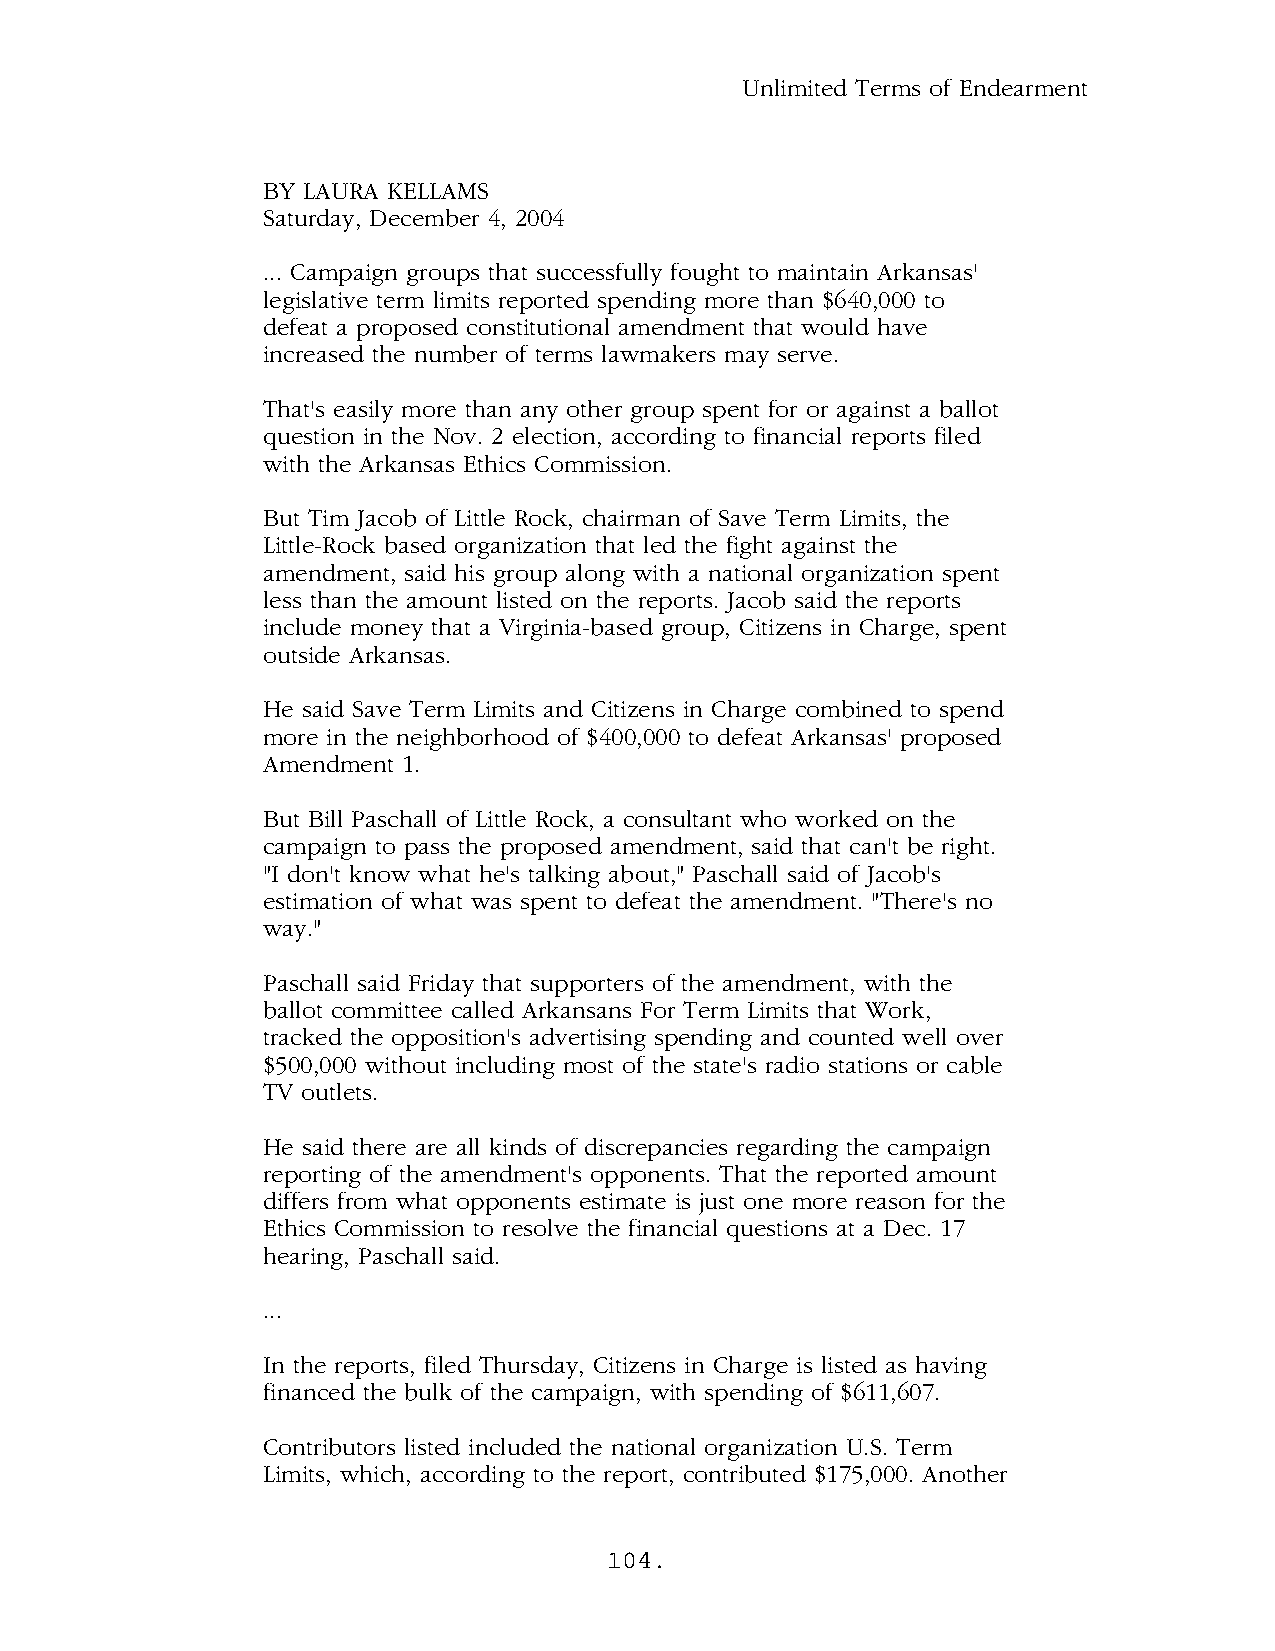
Unlimited Terms of Endearment
 BY LAURA KELLAMS
 Saturday, December 4, 2004
 ... Campaign groups that successfully fought to maintain Arkansas'
 legislative term limits reported spending more than $640,000 to
 defeat a proposed constitutional amendment that would have
 increased the number of terms lawmakers may serve.
 That's easily more than any other group spent for or against a ballot
 question in the Nov. 2 election, according to financial reports filed
 with the Arkansas Ethics Commission.
 But Tim Jacob of Little Rock, chairman of Save Term Limits, the
 Little-Rock based organization that led the fight against the
 amendment, said his group along with a national organization spent
 less than the amount listed on the reports. Jacob said the reports
 include money that a Virginia-based group, Citizens in Charge, spent
 outside Arkansas.
 He said Save Term Limits and Citizens in Charge combined to spend
 more in the neighborhood of $400,000 to defeat Arkansas' proposed
 Amendment 1.
 But Bill Paschall of Little Rock, a consultant who worked on the
 campaign to pass the proposed amendment, said that can't be right.
 "I don't know what he's talking about," Paschall said of Jacob's
 estimation of what was spent to defeat the amendment. "There's no
 way."
 Paschall said Friday that supporters of the amendment, with the
 ballot committee called Arkansans For Term Limits that Work,
 tracked the opposition's advertising spending and counted well over
 $500,000 without including most of the state's radio stations or cable
 TV outlets.
 He said there are all kinds of discrepancies regarding the campaign
 reporting of the amendment's opponents. That the reported amount
 differs from what opponents estimate is just one more reason for the
 Ethics Commission to resolve the financial questions at a Dec. 17
 hearing, Paschall said.
 ...
 In the reports, filed Thursday, Citizens in Charge is listed as having
 financed the bulk of the campaign, with spending of $611,607.
 Contributors listed included the national organization U.S. Term
 Limits, which, according to the report, contributed $175,000. Another
 104.